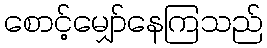
စောင့်မျှော်နေကြသည်